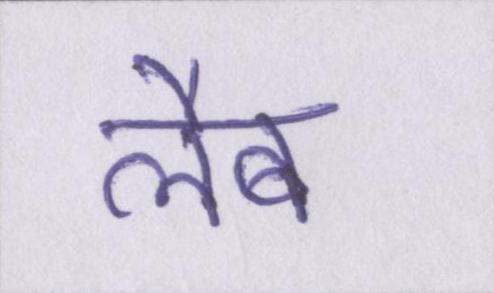
लैब